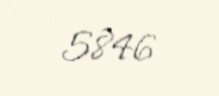
5846